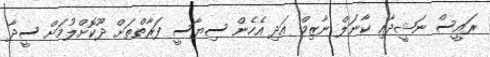
ރައީސް ނަޝީދާއި ކާނަލް ނާޒިމް އަދި އެހެން ސިޔާސީ ފަރާތްތަށް ދޫކޮށްލުމަށް ސީދާ